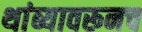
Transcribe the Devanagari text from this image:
थांब्यावरूनच